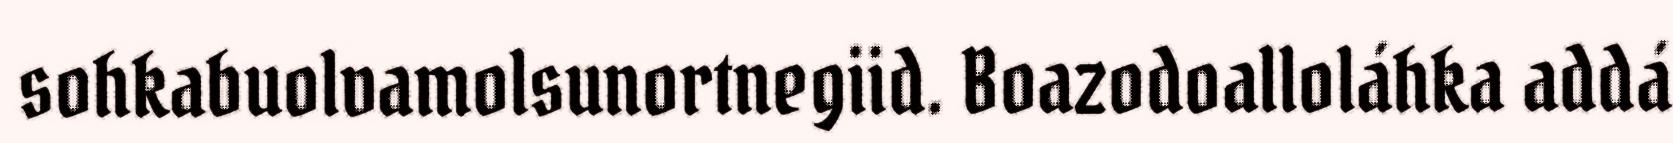
sohkabuolvamolsunortnegiid. Boazodoalloláhka addá